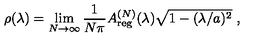
\rho ( \lambda ) = \lim _ { N \to \infty } \frac { 1 } { N \pi } A _ { \mathrm { r e g } } ^ { ( N ) } ( \lambda ) \sqrt { 1 - ( \lambda / a ) ^ { 2 } } \ ,